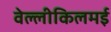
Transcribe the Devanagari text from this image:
वेल्लीकिलमई